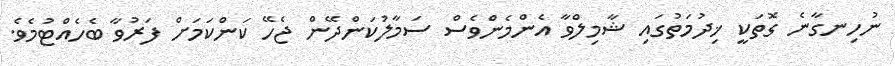
ނުހިނގާނެ ގޮތަކީ ޚިދުމަތުގައި ޝާމިލްވާ އެންމެންވެސް ސަމާލުކަންދޭން ޖެހޭ ކަންކަމަށް ފަރުވާ ބެހެއްޓުމެވެ.